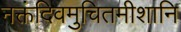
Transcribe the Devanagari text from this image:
नक्तंदिवमुचितमीशानि